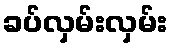
ခပ်လှမ်းလှမ်း